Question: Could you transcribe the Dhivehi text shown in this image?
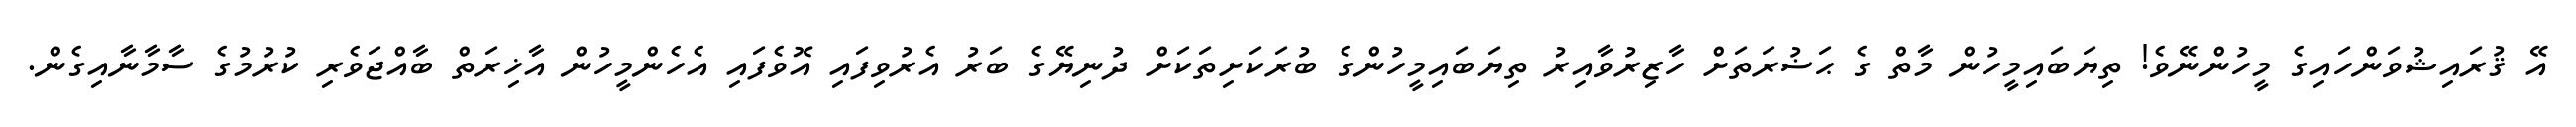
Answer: އޭ ޤުރައިޝުވަންހައިގެ މީހުންނޭވެ! ތިޔަބައިމީހުން މާތް ގެ ޙަޟުރަތަށް ހާޒިރުވާއިރު ތިޔަބައިމީހުންގެ ބުރަކަށިތަކަށް ދުނިޔޭގެ ބަރު އެރުވިފައި އޮވެފައި އެހެންމީހުން އާޚިރަތް ބާއްޖަވެރި ކުރުމުގެ ސާމާނާއިގެން.